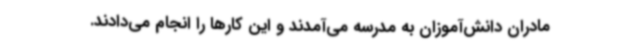
مادران دانش‌آموزان به مدرسه می‌آمدند و این کارها را انجام می‌دادند.